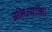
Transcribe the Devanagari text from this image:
अभिव्यक्तिः